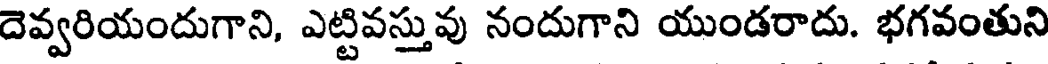
దెవ్వరియందుగాని, ఎట్టివస్తువు నందుగాని యుండరాదు. భగవంతుని